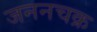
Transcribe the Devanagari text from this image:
जननचक्र